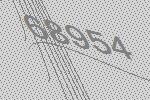
68954